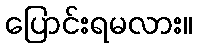
ပြောင်းရမလား။